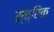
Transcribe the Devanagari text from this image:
स्त्रिक